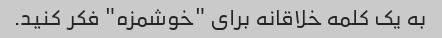
به یک کلمه خلاقانه برای "خوشمزه" فکر کنید.